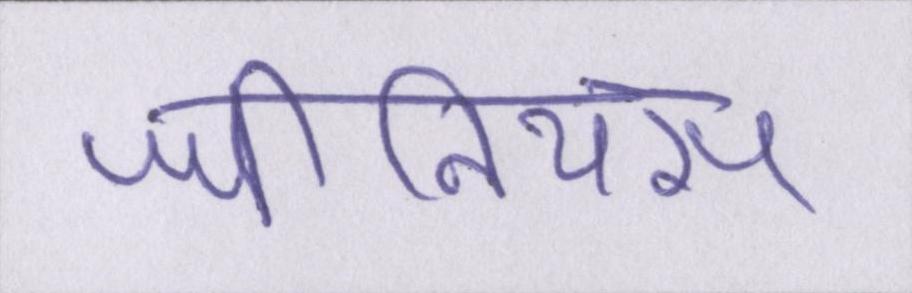
जीनियस